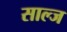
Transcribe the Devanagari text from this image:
साल्ज